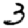
Digit: 3